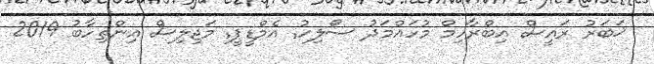
ޚަބަރު ރައީސް އިބްރާހިމް މުހައްމަދު ސޯލިހު